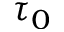
\tau _ { 0 }